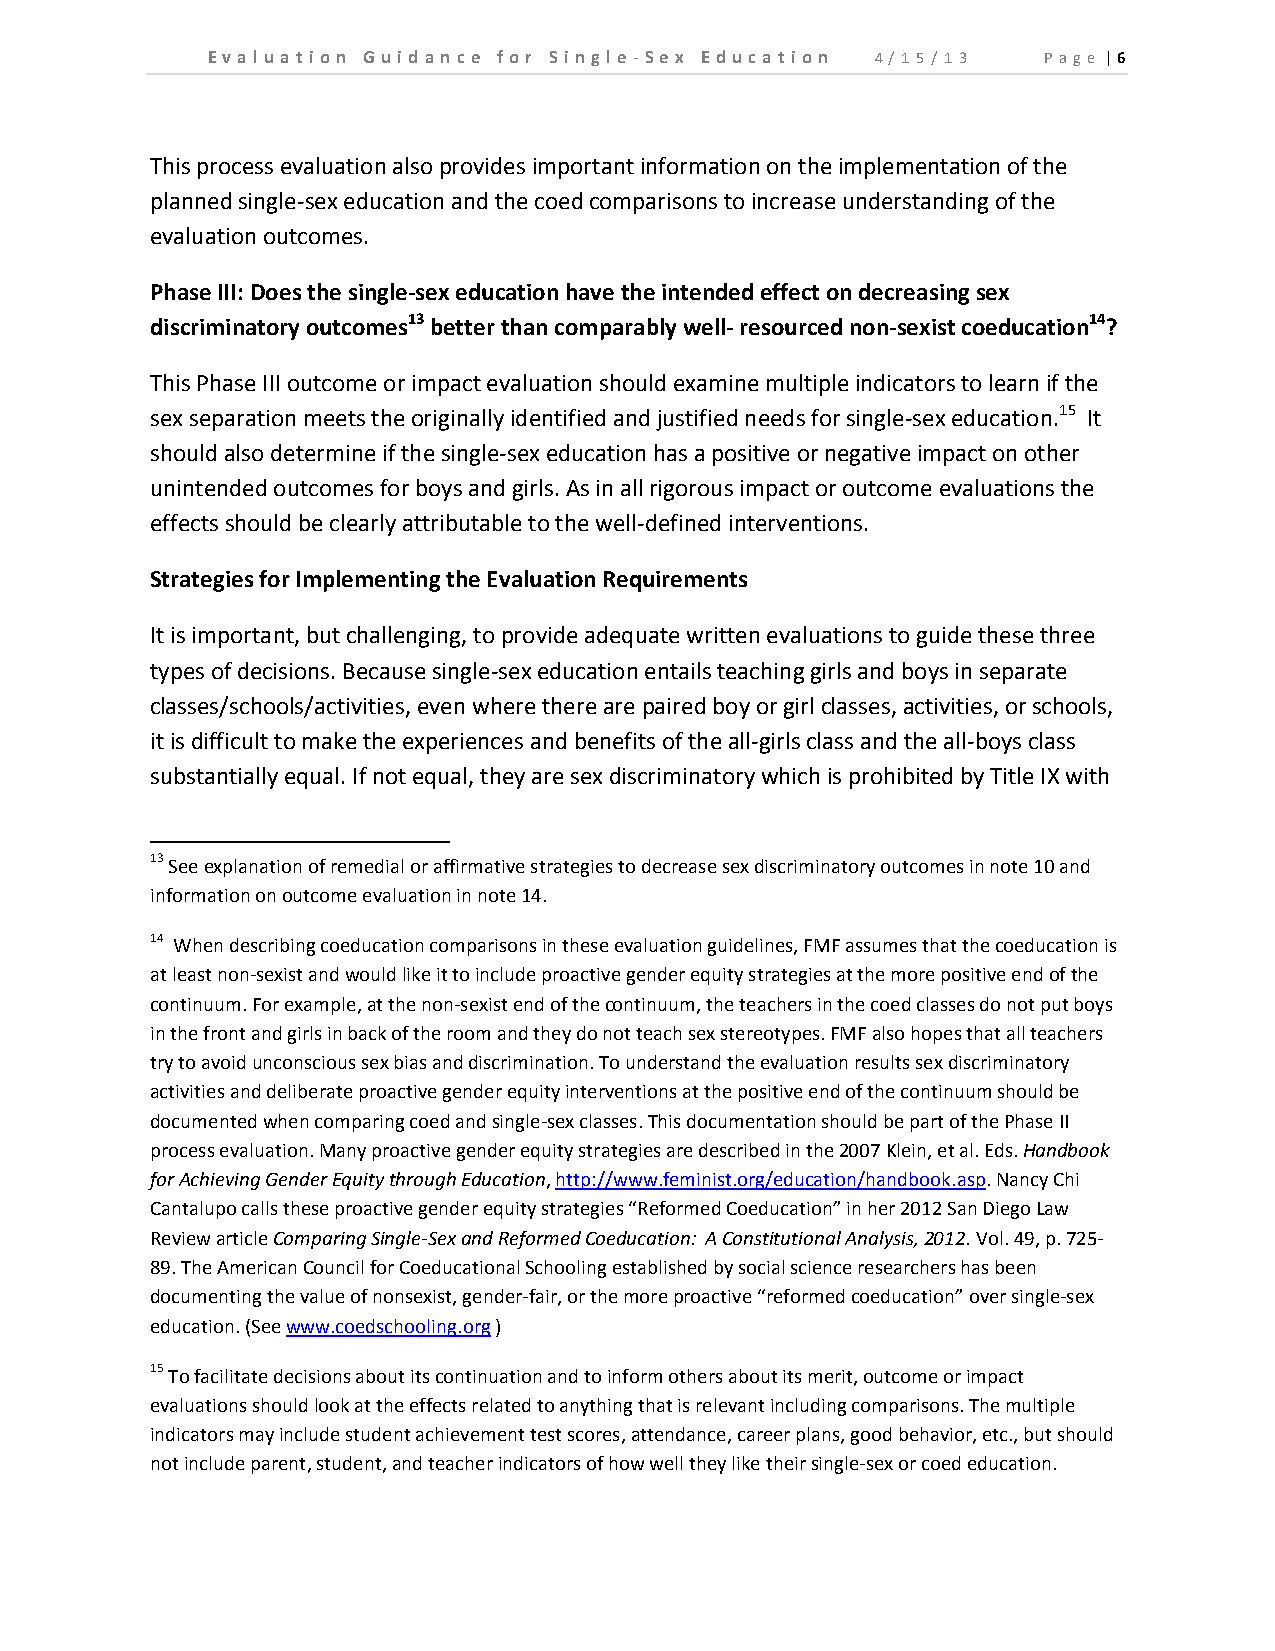
E v a l u a t i o n Gu id an c e fo r Si n gl e ‐ Se x E d u c a t io n 4/1 5/ 13 P a g e | 6
 This process evaluation also provides important information on the implementation of the
 planned single‐sex education and the coed comparisons to increase understanding of the
 evaluation outcomes.
 Phase III: Does the single‐sex education have the intended effect on decreasing sex
 discriminatory outcomes13 better than comparably well‐ resourced non‐sexist coeducation14?
 This Phase III outcome or impact evaluation should examine multiple indicators to learn if the
 sex separation meets the originally identified and justified needs for single‐sex education.15 It
 should also determine if the single‐sex education has a positive or negative impact on other
 unintended outcomes for boys and girls. As in all rigorous impact or outcome evaluations the
 effects should be clearly attributable to the well‐defined interventions.
 Strategies for Implementing the Evaluation Requirements
 It is important, but challenging, to provide adequate written evaluations to guide these three
 types of decisions. Because single‐sex education entails teaching girls and boys in separate
 classes/schools/activities, even where there are paired boy or girl classes, activities, or schools,
 it is difficult to make the experiences and benefits of the all‐girls class and the all‐boys class
 substantially equal. If not equal, they are sex discriminatory which is prohibited by Title IX with
 13 See explanation of remedial or affirmative strategies to decrease sex discriminatory outcomes in note 10 and
 information on outcome evaluation in note 14.
 14 When describing coeducation comparisons in these evaluation guidelines, FMF assumes that the coeducation is
 at least non‐sexist and would like it to include proactive gender equity strategies at the more positive end of the
 continuum. For example, at the non‐sexist end of the continuum, the teachers in the coed classes do not put boys
 in the front and girls in back of the room and they do not teach sex stereotypes. FMF also hopes that all teachers
 try to avoid unconscious sex bias and discrimination. To understand the evaluation results sex discriminatory
 activities and deliberate proactive gender equity interventions at the positive end of the continuum should be
 documented when comparing coed and single‐sex classes. This documentation should be part of the Phase II
 process evaluation. Many proactive gender equity strategies are described in the 2007 Klein, et al. Eds. Handbook
 for Achieving Gender Equity through Education, http://www.feminist.org/education/handbook.asp. Nancy Chi
 Cantalupo calls these proactive gender equity strategies “Reformed Coeducation” in her 2012 San Diego Law
 Review article Comparing Single‐Sex and Reformed Coeducation: A Constitutional Analysis, 2012. Vol. 49, p. 725‐
 89. The American Council for Coeducational Schooling established by social science researchers has been
 documenting the value of nonsexist, gender‐fair, or the more proactive “reformed coeducation” over single‐sex
 education. (See www.coedschooling.org )
 15 To facilitate decisions about its continuation and to inform others about its merit, outcome or impact
 evaluations should look at the effects related to anything that is relevant including comparisons. The multiple
 indicators may include student achievement test scores, attendance, career plans, good behavior, etc., but should
 not include parent, student, and teacher indicators of how well they like their single‐sex or coed education.